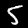
Digit: 5